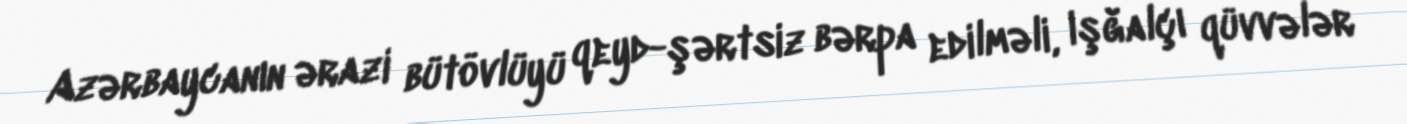
Azərbaycanın ərazi bütövlüyü qeyd-şərtsiz bərpa edilməli, işğalçı qüvvələr